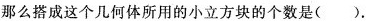
那么搭成这个几何体所用的小立方块的个数是( )。